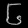
Digit: ၆